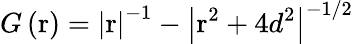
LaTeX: G\left(\mathrm{r}\right)={{\left|\mathrm{r}\right|}^{-1}}-{{\left|{{\mathrm{r}}^{2}}+4{{d}^{2}}\right|}^{-1/2}}